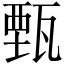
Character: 甄